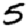
Digit: 5